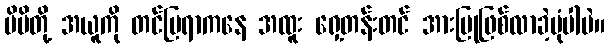
မိမိတို့ အယူကို တင်ပြရာကနေ အထူး ရှေ့တန်းတင် အားပြုဖြစ်လာခဲ့ပုံပါပဲ။